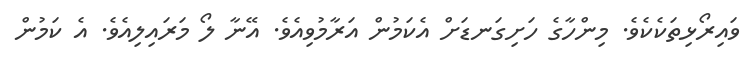
ވައިރޯޅިތަކެކެވެ. މިންހާގެ ހަށިގަނޑަށް އެކަމުން އަރާމުވިއެވެ. އޭނާ ލޯ މަރައިލިއެވެ. އެ ކަމުން